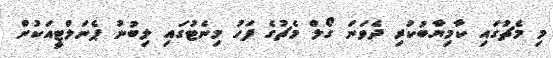
މި މެޗުގައި ކާމިޔާބުކުރި ދެވަނަ ގޯލް މެޗުގެ ފަހު މިނެޓުގައި ލިބުނު ޕެނަލްޓީއަކުން